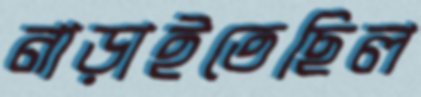
নাড়াইতেছিল